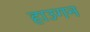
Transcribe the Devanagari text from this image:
हाउगन